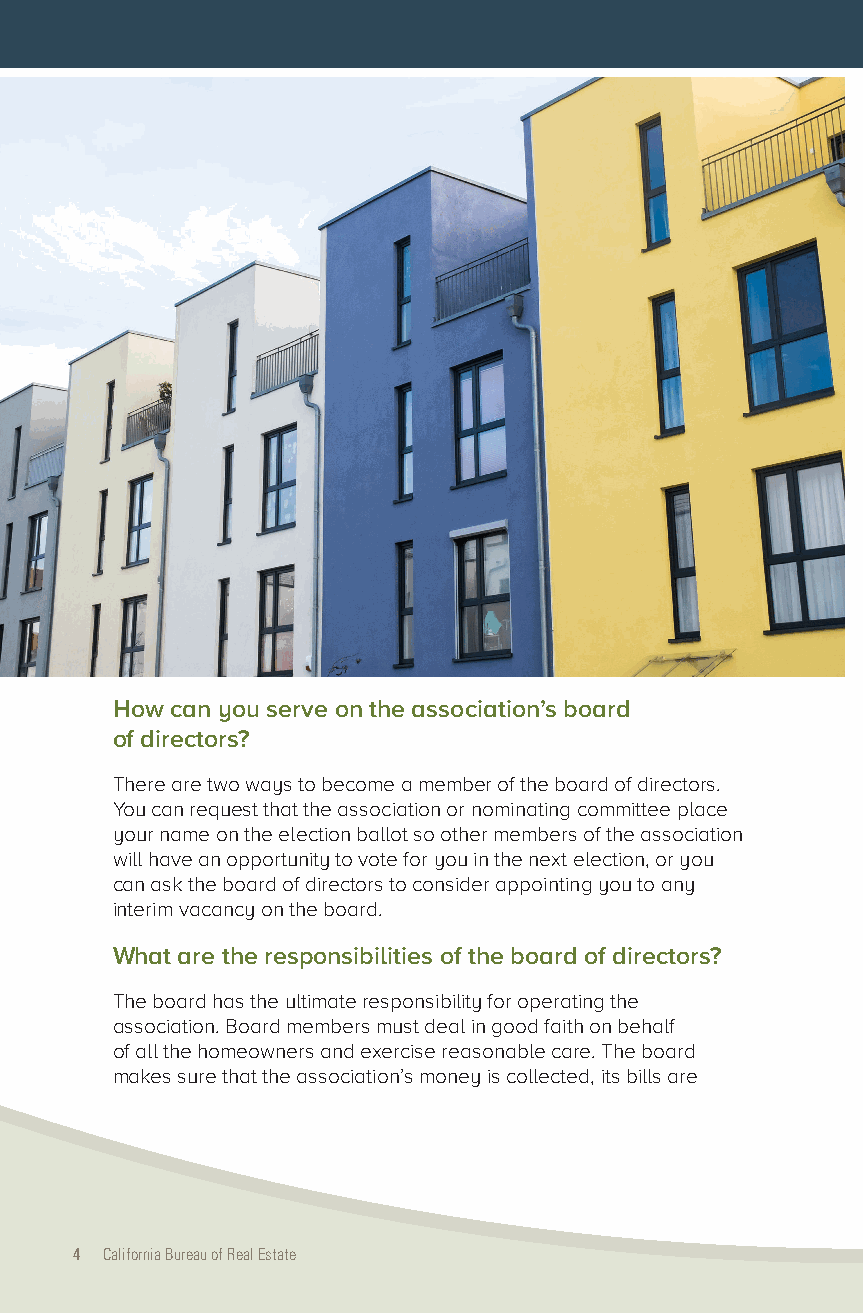
How can you serve on the association’s board
 of directors?
 There are two ways to become a member of the board of directors.
 You can request that the association or nominating committee place
 your name on the election ballot so other members of the association
 will have an opportunity to vote for you in the next election, or you
 can ask the board of directors to consider appointing you to any
 interim vacancy on the board.
 What are the responsibilities of the board of directors?
 The board has the ultimate responsibility for operating the
 association. Board members must deal in good faith on behalf
 of all the homeowners and exercise reasonable care. The board
 makes sure that the association’s money is collected, its bills are
 4 California Bureau of Real Estate